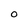
Character: 0